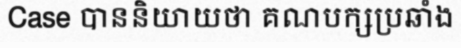
Case បាននិយាយថា គណបក្សប្រឆាំង